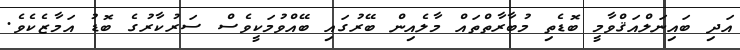
އަދި ބައިނަލްއަޤްވާމީ ބޮޑެތި މުބާރާތްތައް މާލެއިން ބޭރުގައި ބޭއްވުމަކީވެސް ސަރުކާރުގެ ބޮޑު އަމާޒެކެވެ.